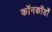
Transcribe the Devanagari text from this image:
कॉनकॉर्डों